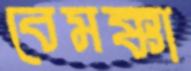
বেমক্কা